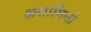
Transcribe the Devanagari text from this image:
अलामिनो